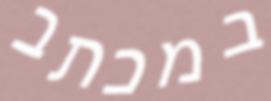
במכתב